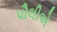
પૌલીએ